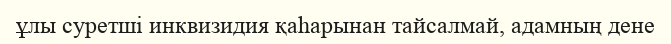
ұлы суретші инквизидия қаһарынан тайсалмай, адамның дене